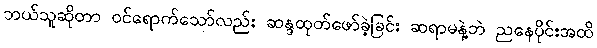
ဘယ်သူဆိုတာ ဝင်ရောက်သော်လည်း ဆန္ဒထုတ်ဖော်ခဲ့ခြင်း ဆရာမနဲ့ဘဲ ညနေပိုင်းအထိ